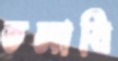
তলাবি